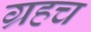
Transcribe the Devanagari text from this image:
ग्रहच